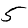
Digit: 5